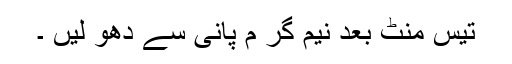
تیس منٹ بعد نیم گر م پانی سے دھو لیں ۔